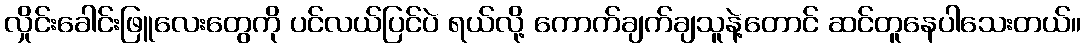
လှိုင်းခေါင်းဖြူလေးတွေကို ပင်လယ်ပြင်ပဲ ရယ်လို့ ကောက်ချက်ချသူနဲ့တောင် ဆင်တူနေပါသေးတယ်။